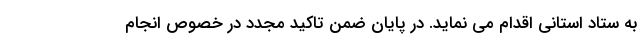
به ستاد استانی اقدام می نماید. در پایان ضمن تاکید مجدد در خصوص انجام